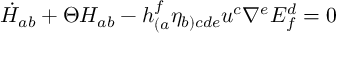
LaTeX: \dot { H } _ { a b } + \Theta H _ { a b } - h _ { ( a } ^ { f } \eta _ { b ) c d e } u ^ { c } \nabla ^ { e } E _ { f } ^ { d } = 0